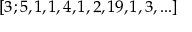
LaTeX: [ 3 ; 5 , 1 , 1 , 4 , 1 , 2 , 1 9 , 1 , 3 , . . . ]